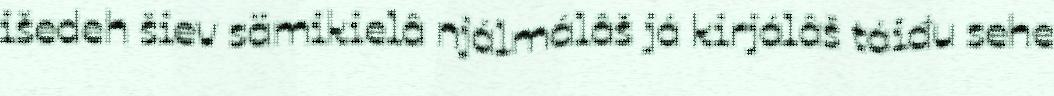
išedeh šiev sämikielâ njálmálâš já kirjálâš táiđu sehe